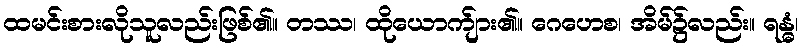
ထမင်းစားလိုသူလည်းဖြစ်၏။ တဿ၊ ထိုယောက်ျား၏။ ဂေဟေစ၊ အိမ်၌လည်း။ ရန္ဓံ၊